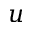
u